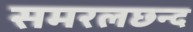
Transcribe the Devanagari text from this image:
समरलछन्द